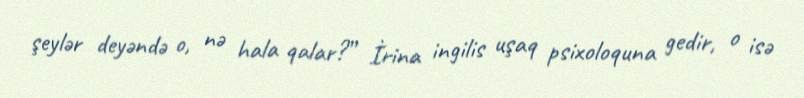
şeylər deyəndə o, nə hala qalar?” İrina ingilis uşaq psixoloquna gedir, o isə